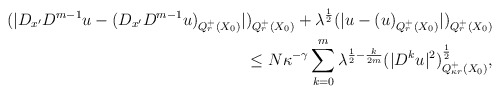
\begin{align*}(|D_{x^\prime}D^{m-1}u-(D_{x^\prime}D^{m-1}u)_{Q_r^+(X_0)}|)_{Q_r^+(X_0)}+\lambda^{\frac{1}{2}}(|u-(u)_{Q_r^+(X_0)}|)_{Q_r^+(X_0)}\\\le N\kappa^{-\gamma}\sum_{k=0}^m \lambda^{\frac{1}{2}-\frac{k}{2m}}(|D^k u|^2)_{Q_{\kappa r}^+(X_0)}^\frac{1}{2},\end{align*}